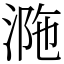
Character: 𣵺